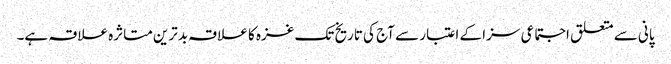
پانی سے متعلق اجتماعی سزا کے اعتبار سے آج کی تاریخ تک غزہ کا علاقہ بدترین متاثرہ علاقہ ہے۔